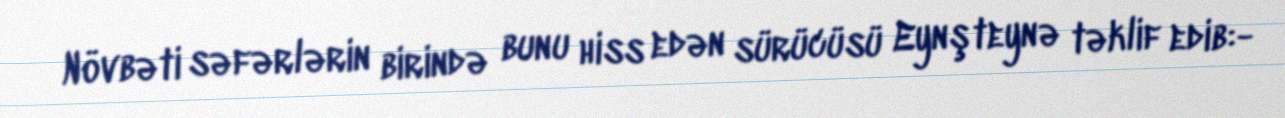
Növbəti səfərlərin birində bunu hiss edən sürücüsü Eynşteynə təklif edib:-